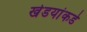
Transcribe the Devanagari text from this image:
खेडयांकडे